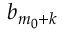
b _ { m _ { 0 } + k }